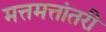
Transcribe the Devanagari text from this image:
मत्तमत्तांतरी